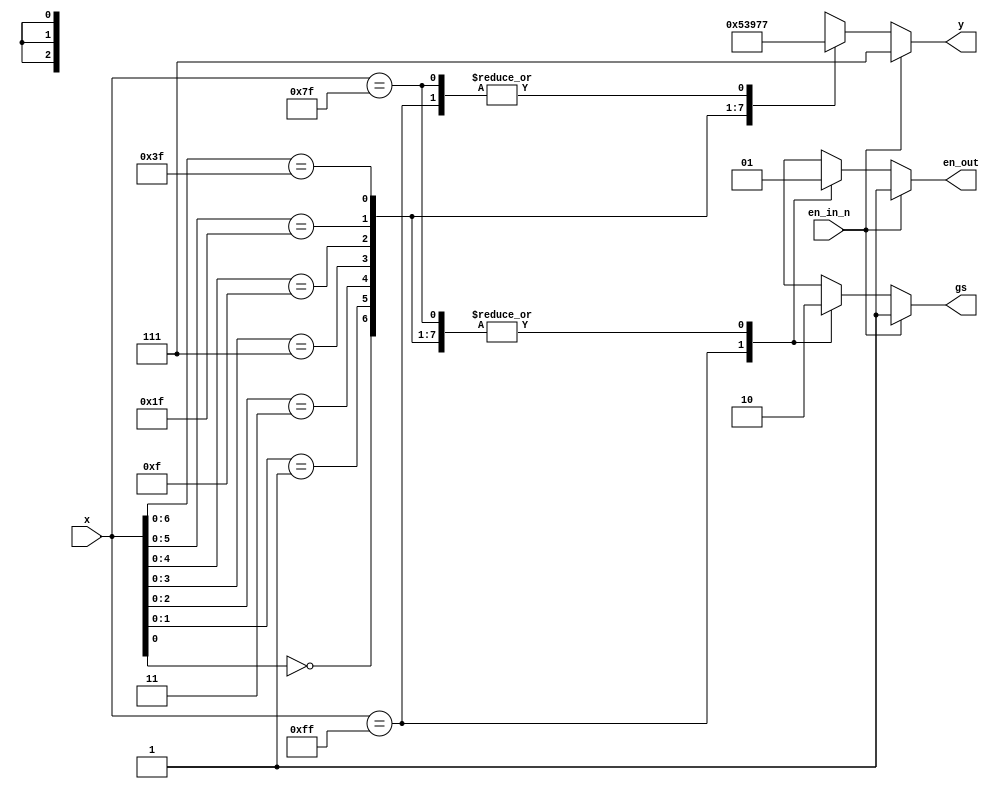
`timescale 1ns / 1ps
//////////////////////////////////////////////////////////////////////////////////
// Student: Tawseef Patel 101145333
// 
// Design Name: Lab3_2_1.v
// Module Name: lab3_2_1
// Project Name: Lab3_2_1
//
//////////////////////////////////////////////////////////////////////////////////

module lab3_2_1(
    input [7:0]x,
    input en_in_n,
    output reg [2:0]y,
    output reg en_out,
    output reg gs
    );

always@(*)
    begin
    if (!en_in_n)
        casex(x)
               8'b11111111 : begin  y = 3'b111 ; gs = 1; en_out = 0; end
               8'bxxxxxxx0 : begin  y = 3'b000 ; gs = 0; en_out = 1; end
               8'bxxxxxx01 : begin  y = 3'b001 ; gs = 0; en_out = 1; end
               8'bxxxxx011 : begin  y = 3'b010 ; gs = 0; en_out = 1; end     
               8'bxxxx0111 : begin  y = 3'b011 ; gs = 0; en_out = 1; end
               8'bxxx01111 : begin  y = 3'b100 ; gs = 0; en_out = 1; end
               8'bxx011111 : begin  y = 3'b101 ; gs = 0; en_out = 1; end
               8'bx0111111 : begin  y = 3'b110 ; gs = 0; en_out = 1; end
               8'b01111111 : begin  y = 3'b111 ; gs = 0; en_out = 1; end 
               default     : begin  y = 3'b000 ; gs = 0; en_out = 0; end
        endcase  
    else casex(x)
               8'bxxxxxxxx : begin  y = 3'b111 ; gs = 1; en_out = 1; end
               default     : begin  y = 3'b000 ; gs = 0; en_out = 0; end
        endcase
    end
         
endmodule